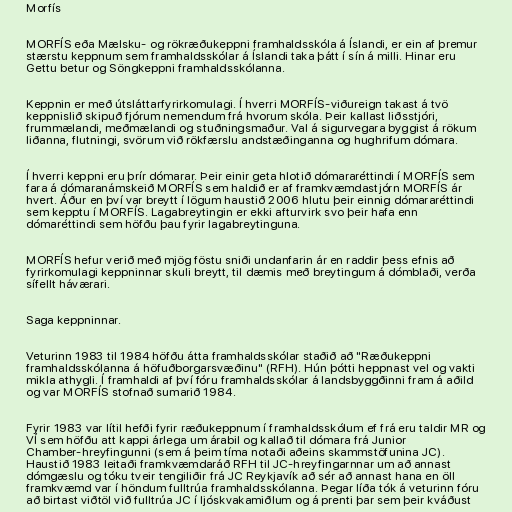
Morfís

MORFÍS eða Mælsku- og rökræðukeppni framhaldsskóla á Íslandi, er ein af þremur
stærstu keppnum sem framhaldsskólar á Íslandi taka þátt í sín á milli. Hinar eru
Gettu betur og Söngkeppni framhaldsskólanna.

Keppnin er með útsláttarfyrirkomulagi. Í hverri MORFÍS-viðureign takast á tvö
keppnislið skipuð fjórum nemendum frá hvorum skóla. Þeir kallast liðsstjóri,
frummælandi, meðmælandi og stuðningsmaður. Val á sigurvegara byggist á rökum
liðanna, flutningi, svörum við rökfærslu andstæðinganna og hughrifum dómara.

Í hverri keppni eru þrír dómarar. Þeir einir geta hlotið dómararéttindi í MORFÍS sem
fara á dómaranámskeið MORFÍS sem haldið er af framkvæmdastjórn MORFÍS ár
hvert. Áður en því var breytt í lögum haustið 2006 hlutu þeir einnig dómararéttindi
sem kepptu í MORFÍS. Lagabreytingin er ekki afturvirk svo þeir hafa enn
dómaréttindi sem höfðu þau fyrir lagabreytinguna.

MORFÍS hefur verið með mjög föstu sniði undanfarin ár en raddir þess efnis að
fyrirkomulagi keppninnar skuli breytt, til dæmis með breytingum á dómblaði, verða
sífellt háværari.

Saga keppninnar.

Veturinn 1983 til 1984 höfðu átta framhaldsskólar staðið að "Ræðukeppni
framhaldsskólanna á höfuðborgarsvæðinu" (RFH). Hún þótti heppnast vel og vakti
mikla athygli. Í framhaldi af því fóru framhaldsskólar á landsbyggðinni fram á aðild
og var MORFÍS stofnað sumarið 1984.

Fyrir 1983 var lítil hefði fyrir ræðukeppnum í framhaldsskólum ef frá eru taldir MR og
VÍ sem höfðu att kappi árlega um árabil og kallað til dómara frá Junior
Chamber-hreyfingunni (sem á þeim tíma notaði aðeins skammstöfunina JC).
Haustið 1983 leitaði framkvæmdaráð RFH til JC-hreyfingarnnar um að annast
dómgæslu og tóku tveir tengiliðir frá JC Reykjavík að sér að annast hana en öll
framkvæmd var í höndum fulltrúa framhaldsskólanna. Þegar líða tók á veturinn fóru
að birtast viðtöl við fulltrúa JC í ljóskvakamiðlum og á prenti þar sem þeir kváðust